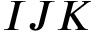
I J K